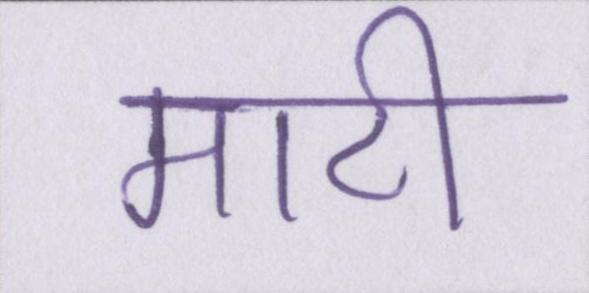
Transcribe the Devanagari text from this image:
माटी